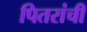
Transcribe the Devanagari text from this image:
पितरांची